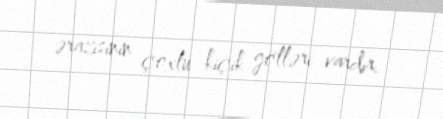
ərazisinin çoxlu kiçik gölləri vardır.